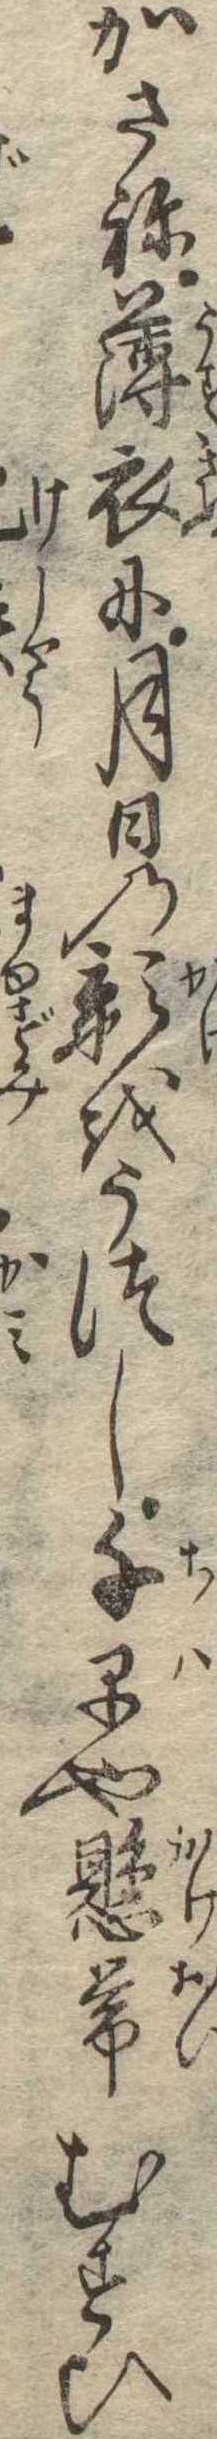
かさね薄衣に月日の影をうつし千早や懸帯むすひ